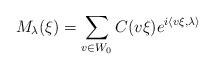
LaTeX: \begin{align*} M_\lambda(\xi )=\sum_{v\in W_0} C(v\xi)e^{i\langle v\xi,\lambda\rangle} \end{align*}